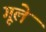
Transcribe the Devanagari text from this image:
गूले